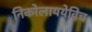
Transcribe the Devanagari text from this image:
निकोलाययेविच